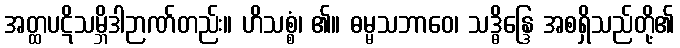
အတ္ထပဋိသမ္ဘိဒါဉာဏ်တည်း။ ဟိသစ္စံ၊ ၏။ ဓမ္မသဘာဝေ၊ သဒ္ဓိန္ဒြေ အစရှိသည်တို့၏